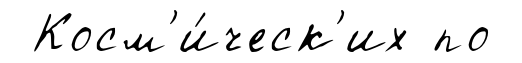
Косм'и́ческ'их по